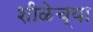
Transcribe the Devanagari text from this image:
शीळेच्या